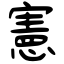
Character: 憲